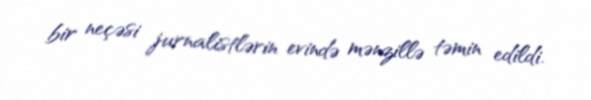
bir neçəsi jurnalistlərin evində mənzillə təmin edildi.